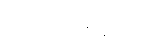
ပညတ်တရားကို